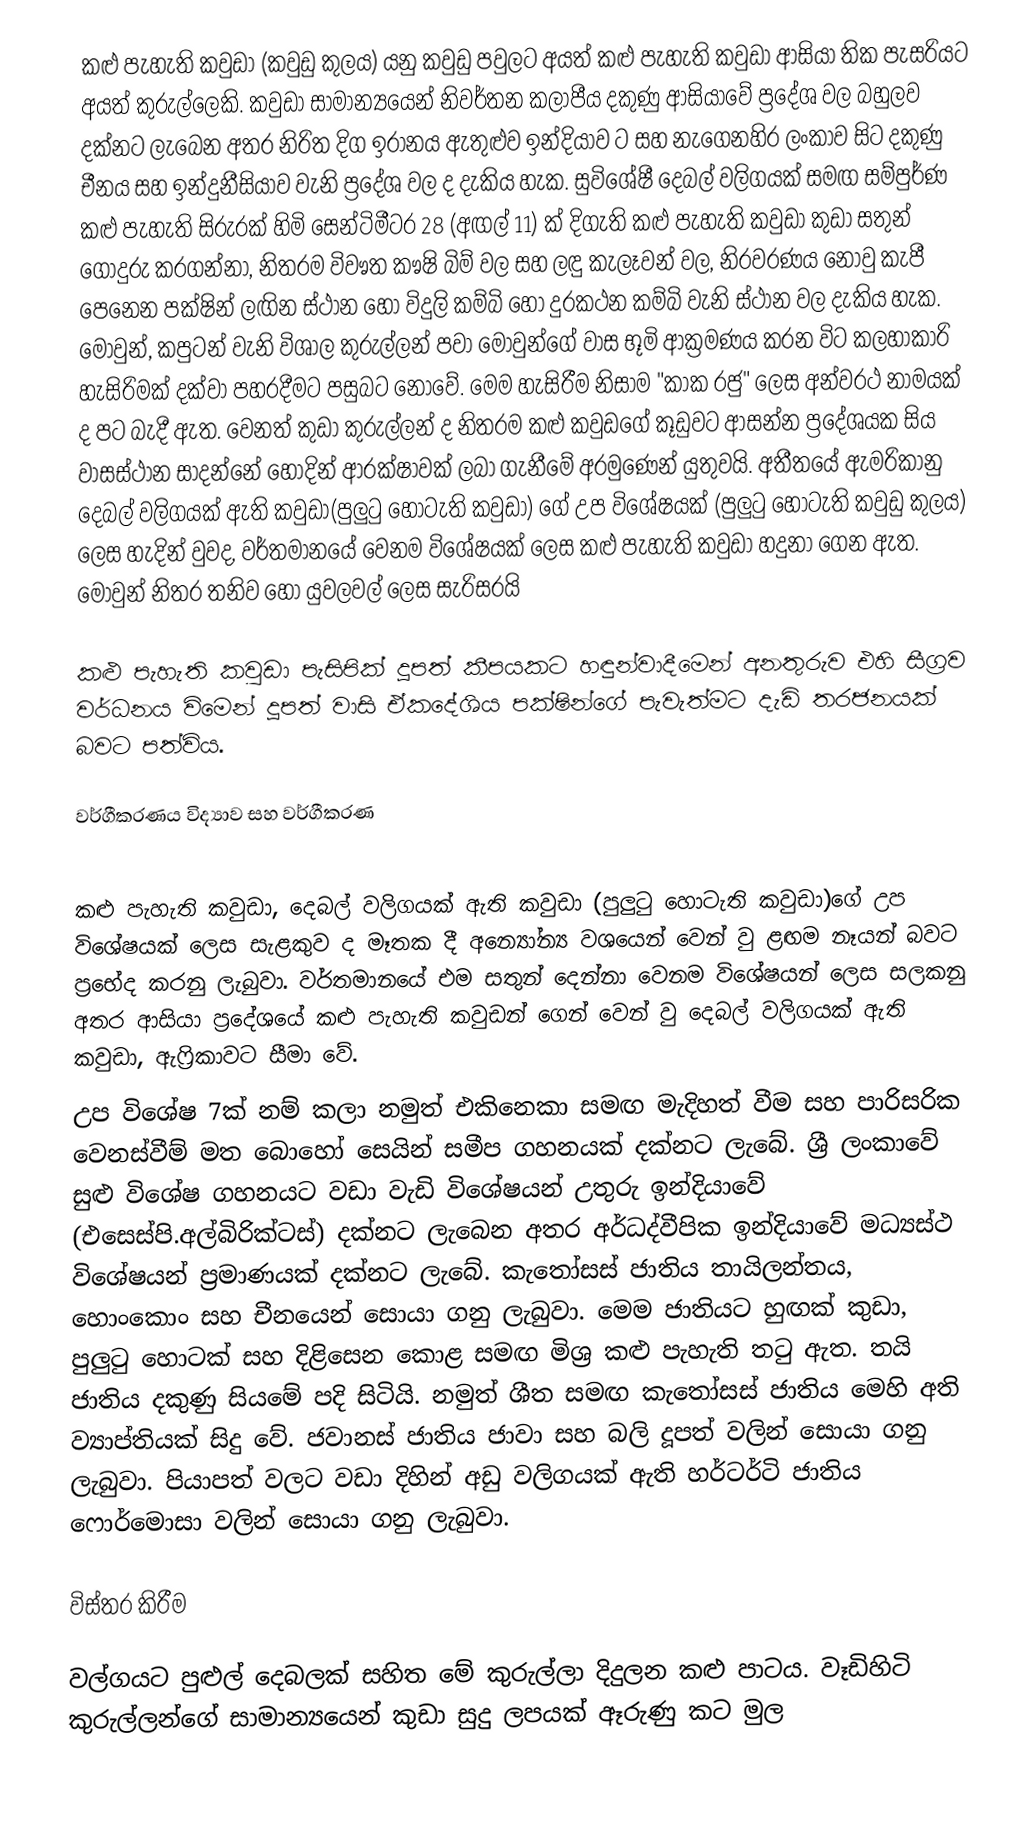
කළු පැහැති කවුඩා (කවුඩු කුලය) යනු කවුඩු පවුලට අයත් කළු පැහැති කවුඩා ආසියා තික පැසරියට අයත් කුරුල්ලෙකි. කවුඩා සාමාන්‍යයෙන් නිවර්තන කලාපීය දකුණු ආසියාවේ ප්‍රදේශ වල බහුලව  දක්නට ලැබෙන අතර නිරිත දිග ඉරානය ඇතුළුව ඉන්දියාව ට සහ නැගෙනහිර ලංකාව සිට දකුණු චීනය සහ ඉන්දුනීසියාව වැනි ප්‍රදේශ වල ද දැකිය හැක. සුවිශේෂී දෙබල් වලිගයක් සමඟ සම්පුර්ණ කළු පැහැති සිරුරක් හිමි සෙන්ටිමීටර 28 (අඟල් 11) ක් දිගැති කළු පැහැති කවුඩා කුඩා සතුන් ගොදුරු කරගන්නා, නිතරම විවෳත කෳෂි බිම් වල සහ ලඳු කැලෑවන් වල, නිරවරණය නොවු කැපී පෙනෙන පක්ෂින් ලඟින ස්ථාන හෝ විදුලි කම්බි හෝ දුරකථන කම්බි වැනි ස්ථාන වල  දැකිය හැක. මොවුන්, කපුටන් වැනි විශාල කුරුල්ලන් පවා මොවුන්ගේ වාස භූමි ආක්‍රමණය කරන විට  කලහාකාරි හැසිරිමක් දක්වා පහරදීමට පසුබට නොවේ. මෙම හැසිරීම නිසාම "කාක රජු" ලෙස අන්වරථ නාමයක් ද පට බැදී ඇත. වෙනත් කුඩා කුරුල්ලන් ද නිතරම කළු කවුඩගේ කූඩුවට ආසන්න ප්‍රදේශයක  සිය වාසස්ථාන සාදන්නේ හොදින් ආරක්ෂාවක් ලබා ගැනීමේ අරමුණෙන් යුතුවයි. අතීතයේ ඇමරිකානු දෙබල් වලිගයක් ඇති කවුඩා(පුලුටු හොටැති කවුඩා) ගේ උප විශේෂයක් (පුලුටු හොටැති කවුඩු කුලය) ලෙස හැදින් වුවද, වර්තමානයේ වෙනම විශේෂයක් ලෙස කළු පැහැති කවුඩා හදුනා ගෙන ඇත. මොවුන් නිතර තනිව හෝ යුවලවල් ලෙස සැරිසරයි

කළු පැහැති කවුඩා පැසිපික් දූපත් කීපයකට හඳුන්වාදීමෙන් අනතුරුව එහි සීග්‍රව වර්ධනය විමෙන් දූපත් වාසි ඒකදේශිය පක්ෂින්ගේ පැවැත්මට දැඩි තරජනයක් බවට පත්විය.

වර්ගීකරණය විද්‍යාව සහ වර්ගීකරණ

කළු පැහැති කවුඩා, දෙබල් වලිගයක් ඇති කවුඩා (පුලුටු හොටැති කවුඩා)ගේ  උප විශේෂයක් ලෙස සැළකුව ද මෑතක දී අන්‍යෝන්‍ය වශයෙන් වෙන් වු ළඟම නෑයන් බවට ප්‍රභේද කරනු ලැබුවා.  වර්තමානයේ එම සතුන් දෙන්නා වෙනම විශේෂයන් ලෙස සලකනු අතර  ආසියා ප්‍රදේශයේ  කළු පැහැති කවුඩන් ගෙන් වෙන් වු දෙබල් වලිගයක් ඇති කවුඩා, ඇෆ්‍රිකාවට සීමා වේ.
උප විශේෂ 7ක් නම් කලා නමුත් එකිනෙකා සමඟ මැදිහත් වීම සහ පාරිසරික වෙනස්වීම් මත බොහෝ සෙයින් සමීප ගහනයක් දක්නට ලැබේ.  ශ්‍රී ලංකාවේ සුළු විශේෂ ගහනයට වඩා වැඩි විශේෂයන් උතුරු ඉන්දියාවේ (එසෙස්පි.අල්බිරික්ටස්) දක්නට ලැබෙන අතර අර්ධද්වීපික ඉන්දියාවේ මධ්‍යස්ථ විශේෂයන් ප්‍රමාණයක් දක්නට ලැබේ.  කැතෝසස් ජාතිය තායිලන්තය, හොංකොං සහ චීනයෙන් සොයා ගනු ලැබුවා.  මෙම ජාතියට හුඟක් කුඩා, පුලුටු හොටක් සහ දිළිසෙන කොළ සමඟ මිශ්‍ර කළු පැහැති තටු ඇත. තයි ජාතිය දකුණු සියමේ පදි සිටියි. නමුත් ශීත සමඟ කැතෝසස් ජාතිය මෙහි අති ව්‍යාප්තියක් සිදු වේ. ජවානස් ජාතිය ජාවා සහ බලි දූපත් වලින් සොයා ගනු ලැබුවා. පියාපත් වලට වඩා දිහින් අඩු වලිගයක් ඇති හර්ටර්ටි ජාතිය ෆොර්මොසා වලින් සොයා ගනු ලැබුවා.

විස්තර කිරීම

වල්ගයට පුළුල් දෙබලක් සහිත මේ කුරුල්ලා දිදුලන කළු පාටය. වෑඩිහිටි කුරුල්ලන්ගේ සාමාන්‍යයෙන් කුඩා සුදු ලපයක් ඈරුණු කට මුල